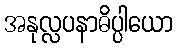
အနုလ္လပနာဓိပ္ပါယော